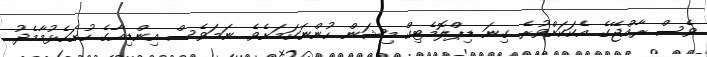
ވެސް ރާއްޖޭގެ އެކަކަށްވުރެ ގިނަ ޑިޕްލޮމެޓިކް މިޝަން ހުންނަކަމަށެވެ. ނަމަވެސް އިންޑިއާގެ ހުށަހެޅުމާމެދު